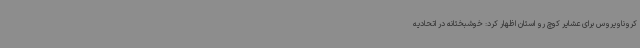
کروناویروس برای عشایر کوچ رو استان اظهار کرد: خوشبختانه در اتحادیه